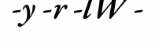
-y -r -lW -